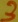
Text: 3